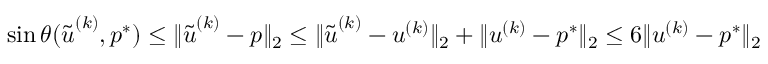
\sin \theta ( \tilde { { \boldsymbol u } } ^ { ( k ) } , { \boldsymbol p } ^ { * } ) \leq \| \tilde { { \boldsymbol u } } ^ { ( k ) } - { \boldsymbol p } \| _ { 2 } \leq \| \tilde { { \boldsymbol u } } ^ { ( k ) } - { \boldsymbol u } ^ { ( k ) } \| _ { 2 } + \| { \boldsymbol u } ^ { ( k ) } - { \boldsymbol p } ^ { * } \| _ { 2 } \leq 6 \| { \boldsymbol u } ^ { ( k ) } - { \boldsymbol p } ^ { * } \| _ { 2 }